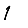
Digit: 1